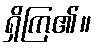
ရှိကြ၏။